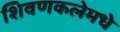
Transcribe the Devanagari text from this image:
शिवणकलेमधे